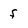
Character: f